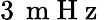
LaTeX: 3\, \mathrm{~m~H~z~}